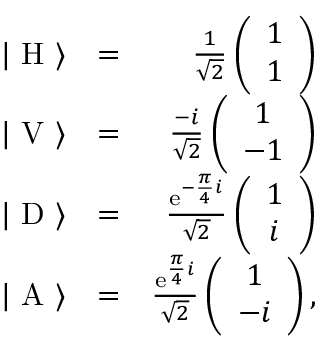
\begin{array} { r l r } { | \ \mathrm { H } \ \rangle } & { = } & { \frac { 1 } { \sqrt { 2 } } \left( \begin{array} { c } { 1 } \\ { 1 } \end{array} \right) } \\ { | \ \mathrm { V } \ \rangle } & { = } & { \frac { - i } { \sqrt { 2 } } \left( \begin{array} { c } { 1 } \\ { - 1 } \end{array} \right) } \\ { | \ \mathrm { D } \ \rangle } & { = } & { \frac { \mathrm { e } ^ { - \frac { \pi } { 4 } i } } { \sqrt { 2 } } \left( \begin{array} { c } { 1 } \\ { i } \end{array} \right) } \\ { | \ \mathrm { A } \ \rangle } & { = } & { \frac { \mathrm { e } ^ { \frac { \pi } { 4 } i } } { \sqrt { 2 } } \left( \begin{array} { c } { 1 } \\ { - i } \end{array} \right) , } \end{array}